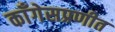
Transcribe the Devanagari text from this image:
काँगेसप्रणीत